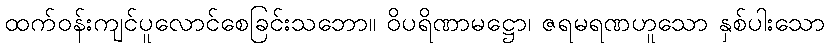
ထက်ဝန်းကျင်ပူလောင်စေခြင်းသဘော။ ဝိပရိဏာမဋ္ဌော၊ ဇရမရဏဟူသော နှစ်ပါးသော